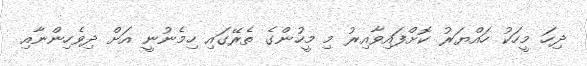
ދިހަ މީހަކު ހައްޔަރު ކޮށްފައިވާއިރު މި މީހުންގެ ތެރޭގައި ހިމެނުނީ އަށް ދިވެހިންނާއި